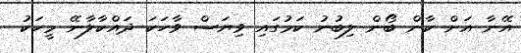
އޭނާ އަށް ކާން ބޯން ލިބުނު ކަމުގައި ވިޔަސް ވާހަކަ ދައްކާލާނޭ މީހަކު